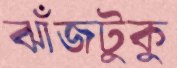
ঝাঁজটুকু